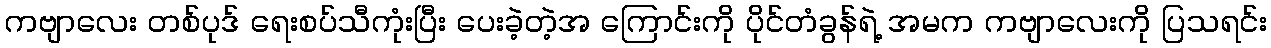
ကဗျာလေး တစ်ပုဒ် ရေးစပ်သီကုံးပြီး ပေးခဲ့တဲ့အ ကြောင်းကို ပိုင်တံခွန်ရဲ့ အမက ကဗျာလေးကို ပြသရင်း